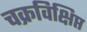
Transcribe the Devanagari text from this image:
चक्रविक्षिप्त